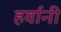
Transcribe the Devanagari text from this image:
हर्वानी